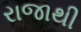
રાજાથી